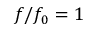
f / f _ { 0 } = 1